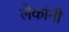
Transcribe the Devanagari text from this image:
लेकांनी